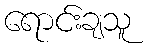
ရောင်းချသူ